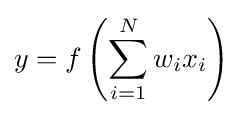
y=f\left(\sum _{i=1}^{N}w_{i}x_{i}\right)